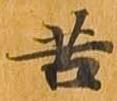
苦